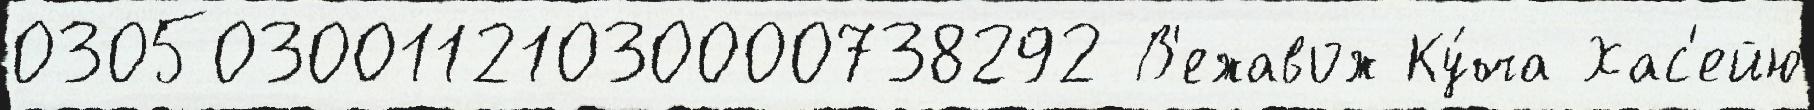
030503001121030000738292 В'ежавож Ку́ча Хас'ейю